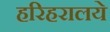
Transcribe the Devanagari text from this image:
हरिहरालये